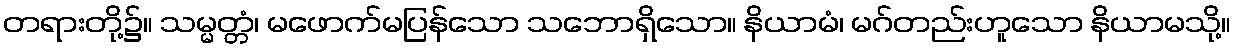
တရားတို့၌။ သမ္မတ္တံ၊ မဖောက်မပြန်သော သဘောရှိသော။ နိယာမံ၊ မဂ်တည်းဟူသော နိယာမသို့။